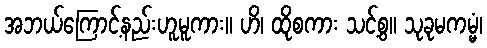
အဘယ်ကြောင့်နည်းဟူမူကား။ ဟိ၊ ထိုစကား သင့်စွ။ သုခုမကမ္မံ၊